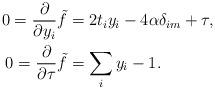
LaTeX: \begin{align*} 0=\frac{\partial}{\partial y_{i}}\tilde{f}&=2t_{i}y_{i}-4\alpha\delta_{im}+\tau,\\ 0=\frac{\partial}{\partial \tau}\tilde{f}&=\sum_{i}y_{i}-1. \end{align*}